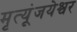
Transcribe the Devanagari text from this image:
मृत्यूंजयेश्वर